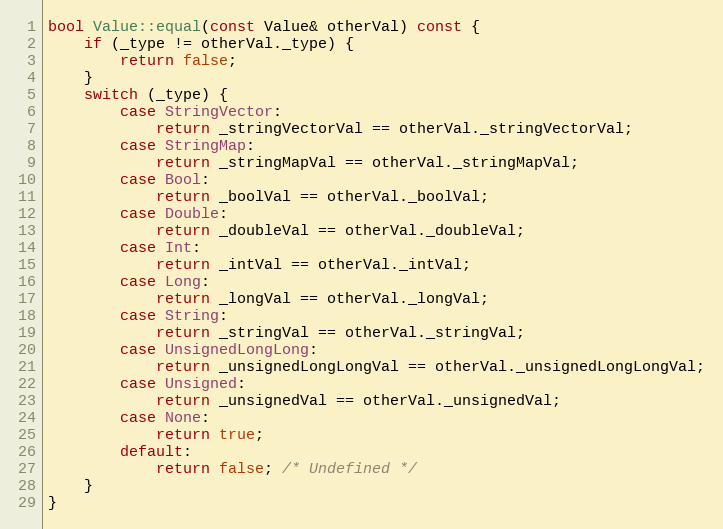
Language: C++
bool Value::equal(const Value& otherVal) const {
    if (_type != otherVal._type) {
        return false;
    }
    switch (_type) {
        case StringVector:
            return _stringVectorVal == otherVal._stringVectorVal;
        case StringMap:
            return _stringMapVal == otherVal._stringMapVal;
        case Bool:
            return _boolVal == otherVal._boolVal;
        case Double:
            return _doubleVal == otherVal._doubleVal;
        case Int:
            return _intVal == otherVal._intVal;
        case Long:
            return _longVal == otherVal._longVal;
        case String:
            return _stringVal == otherVal._stringVal;
        case UnsignedLongLong:
            return _unsignedLongLongVal == otherVal._unsignedLongLongVal;
        case Unsigned:
            return _unsignedVal == otherVal._unsignedVal;
        case None:
            return true;
        default:
            return false; /* Undefined */
    }
}